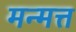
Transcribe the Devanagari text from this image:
मन्मत्त